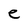
Character: e